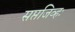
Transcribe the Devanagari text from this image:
सप्तजिव्हः